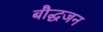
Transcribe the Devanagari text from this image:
बौद्धजन